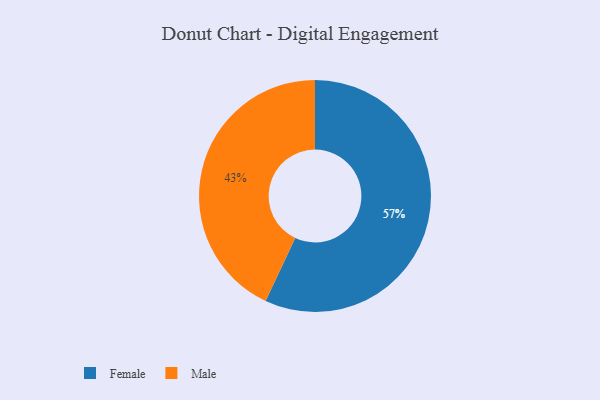
{"axis": {"x": "Category", "y": "Percentage"}, "legend": ["Female", "Male"], "data": [{"x": "Male", "y": 43, "type": "Male"}, {"x": "Female", "y": 57, "type": "Female"}]}